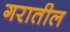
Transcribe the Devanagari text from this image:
गरातील